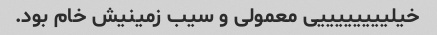
خیلییییییییی معمولی و سیب زمینیش خام بود.